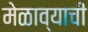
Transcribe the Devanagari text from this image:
मेळाव्याची